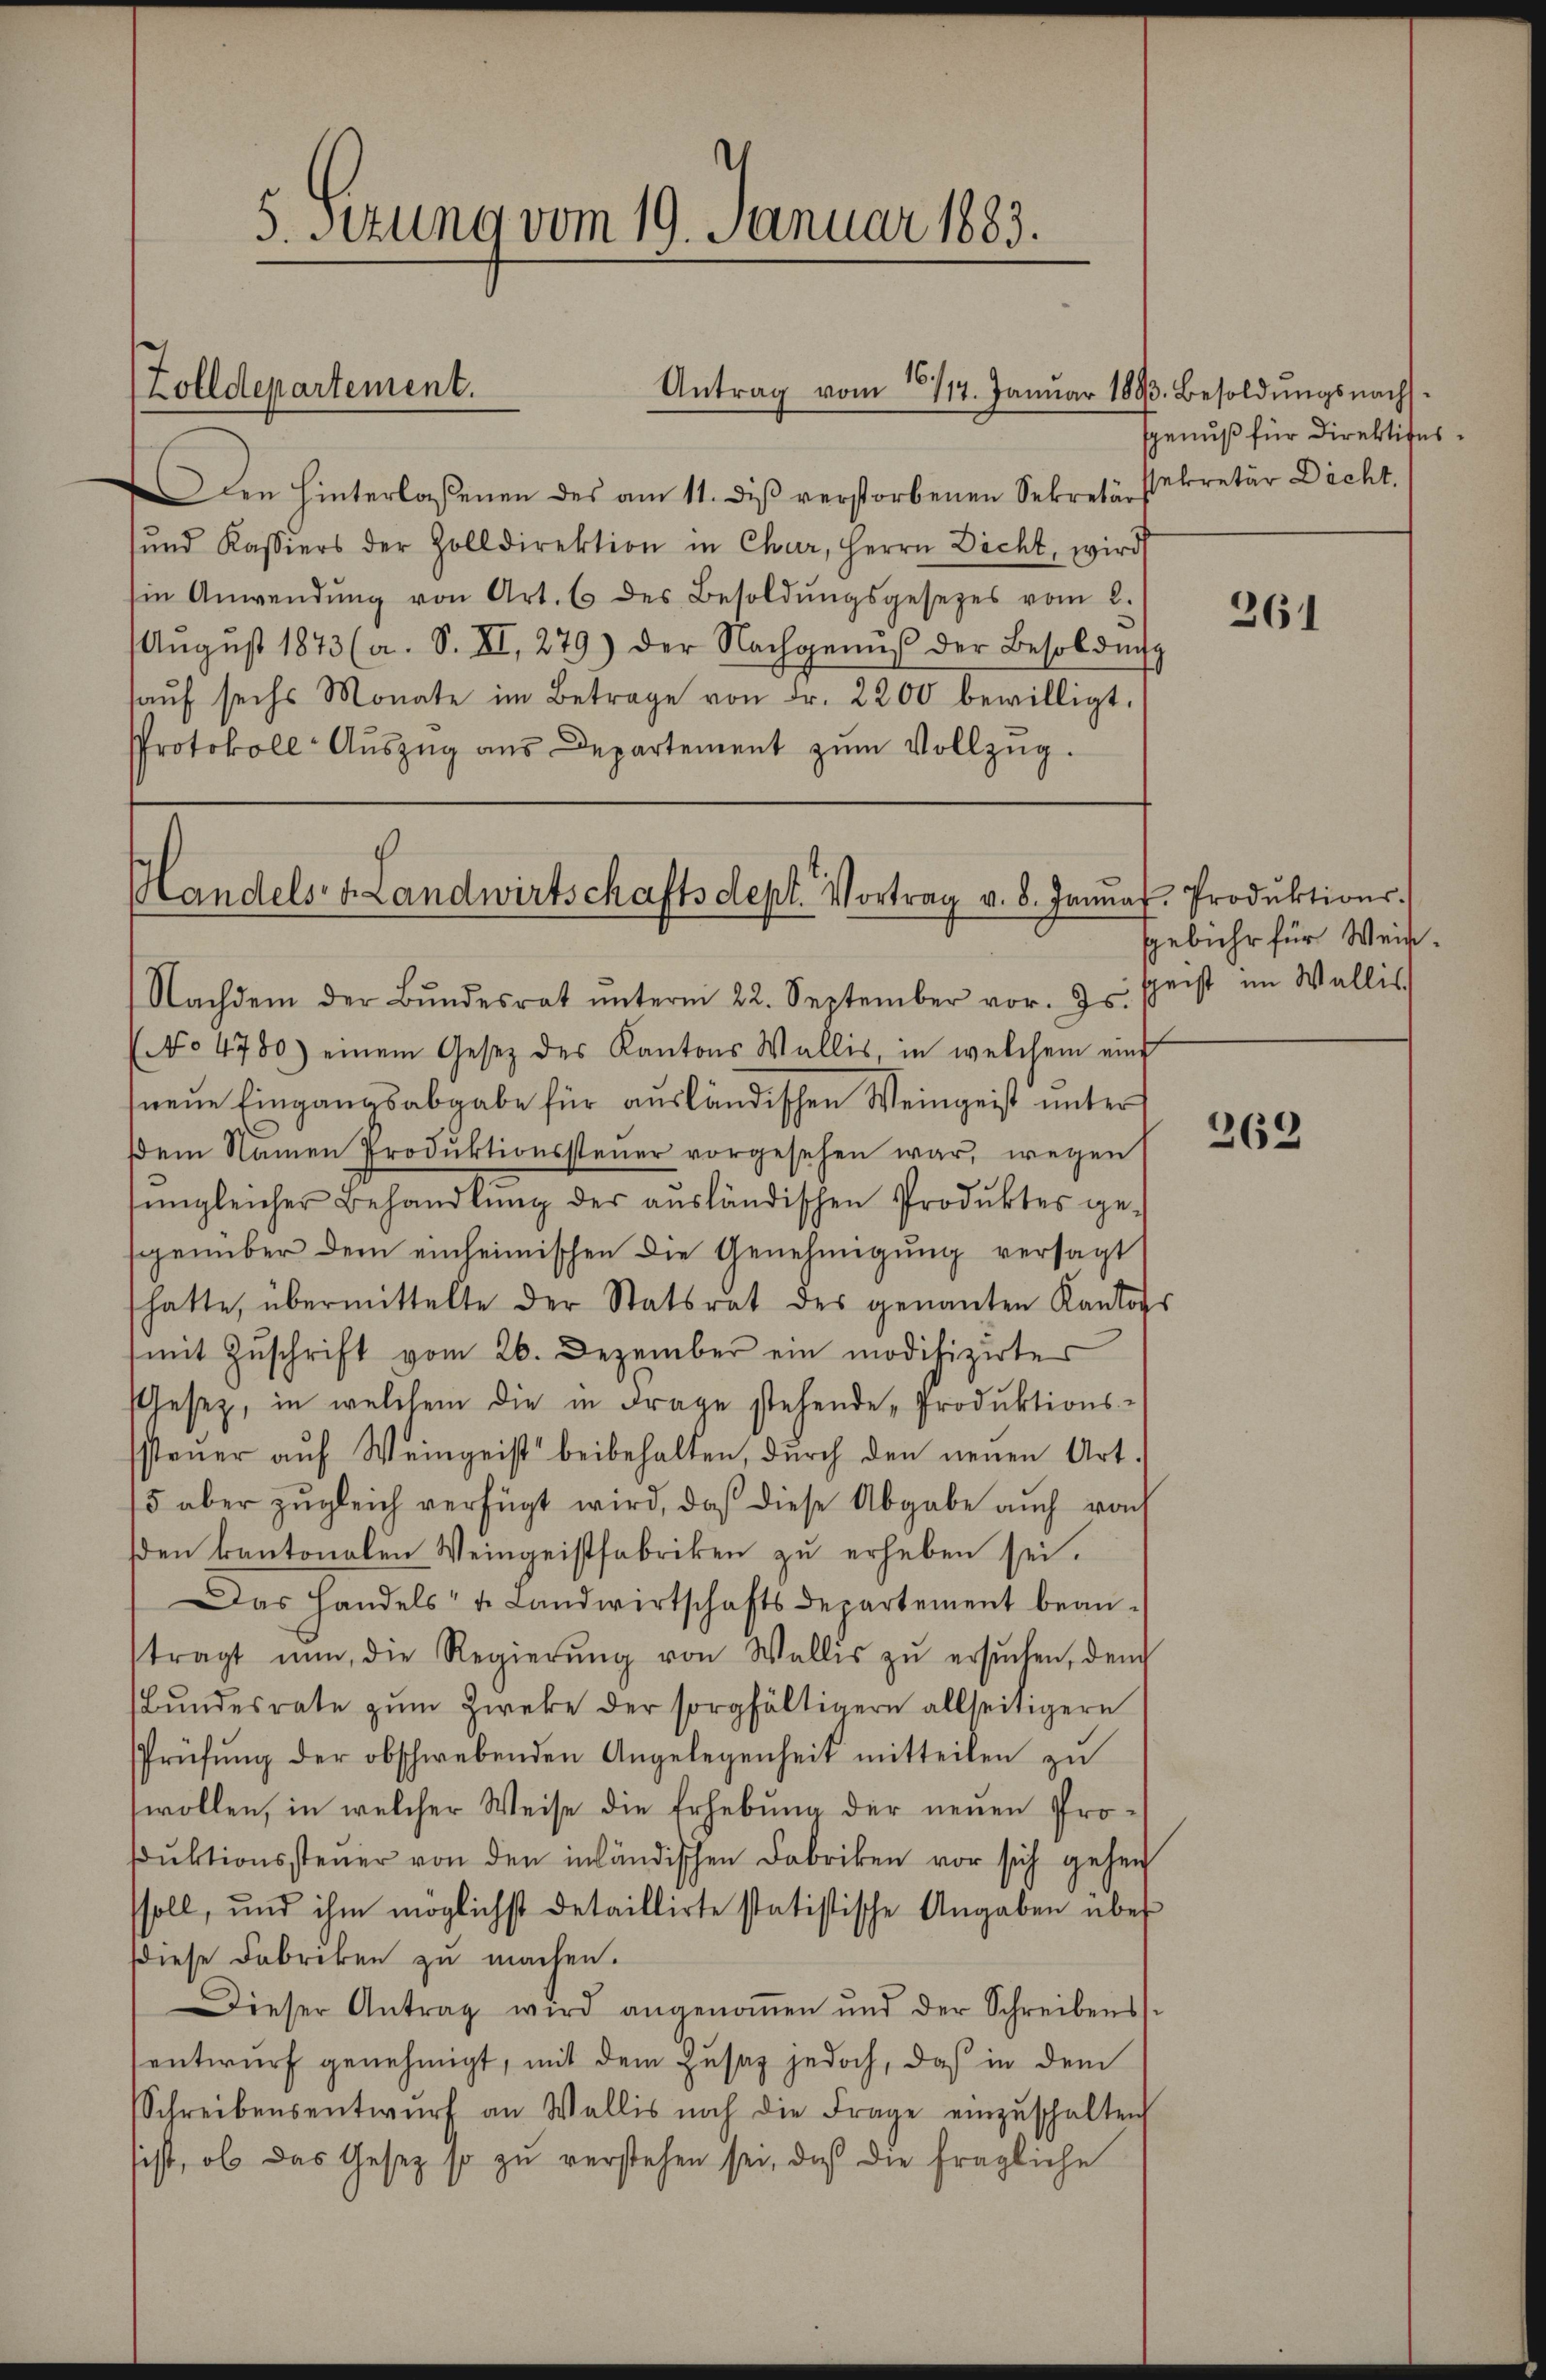
(Zolldepartement.

5. Sitzung vom 19. Januar 1883.

den hinterlassenen des am 11. diβ verstorbenen Sekretär sekretär Dicht.
ŭnd Kassiers der Zolldirektion in Chur, Herrn Dicht, wird
sie Anwendŭng von Art. 6 des Besoldŭngsgesetzes vom 2.
Aŭgŭst 1873 (a. S. XI, 279) der Nachgenuß der Besoldung
haŭf sechs Monate im Betrage von Fr. 2200 bewilligt.
Protokoll-Aŭszŭg aŭs Departement zŭm Vollzŭg.

Antrag vom 8/14. Januar 1893. Besoldŭngsnachs¬

Handels- & Landwirtschaftsdept. Vortrag v. 8. Janua

Nachdem der Bŭndesrat ŭnterm 22. September vor. Js. schrist im Wallis

genuß für Direktions¬

No 4780) einem Gesetz des Kantons Wallis, in welchem eind
neue Eingangsabgabe für ausländischen Weingeist unter
dem Namen Produktionssteŭer vorgesehen war, wegen
imgleicher Behandlŭng der aŭsländischen Produktes ge-
scgenüber dem einheimischen die Genehmigung versagt
hatte, übermittelte der Statsrat des genannten Kantons
(mit Zŭschrift vom 26. Dezember ein modifizirter
Gesetz, in welchem die in Frage stehende „Produktions-
ssteŭer aŭf Weingeist beibehalten, dŭrch den neuen Art.
5 aber zŭgleich verfügt wird, daß diese Abgabe auch von
sden kantonalen Weingeistfabriken zu erheben sei.
Das Handels- u. Landwirtschaftsdepartement bean-
tragt nun, die Regierŭng von Wallis zŭ ersŭchen, dem
Bŭndesrate zŭm Zweke der sorgfältigern allseitigern
Prüfung der obschwebenden Angelegenheit mitteilen zu
wollen, in welcher Weise die Erhebung der neuen Prosdŭktionssteŭer von den inländischen Fabriken vor sich gehen
soll, und ihm möglichst detaillirte statistische Angaben über
diese Fabriken zu machen.
Dieser Antrag wird angenoṁen und der Schreibens-
entwŭrf genehmigt, mit dem Zŭsaz jedoch, daß in dem
Schreibensentwŭrf an Wallis noch die Frage einzŭschalten
sist, ob das Gesetz so zu verstehen sei, daß die fragliche

261

r. Produktions-
gebühr für Wein¬

262